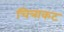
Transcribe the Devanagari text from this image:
चित्राकट